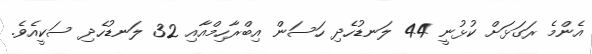
އެންމެ ރަގަޅަށް ކުޅުނީ 44 ލަނޑުހެދި ހަސަން އިބްރާހިމްއާއި 32 ލަނޑުހެދި ސަކީއެވެ.